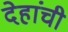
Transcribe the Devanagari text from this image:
देहांची